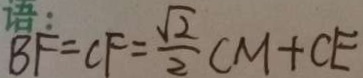
B F = C F = \frac { \sqrt { 2 } } { 2 } C M + C E